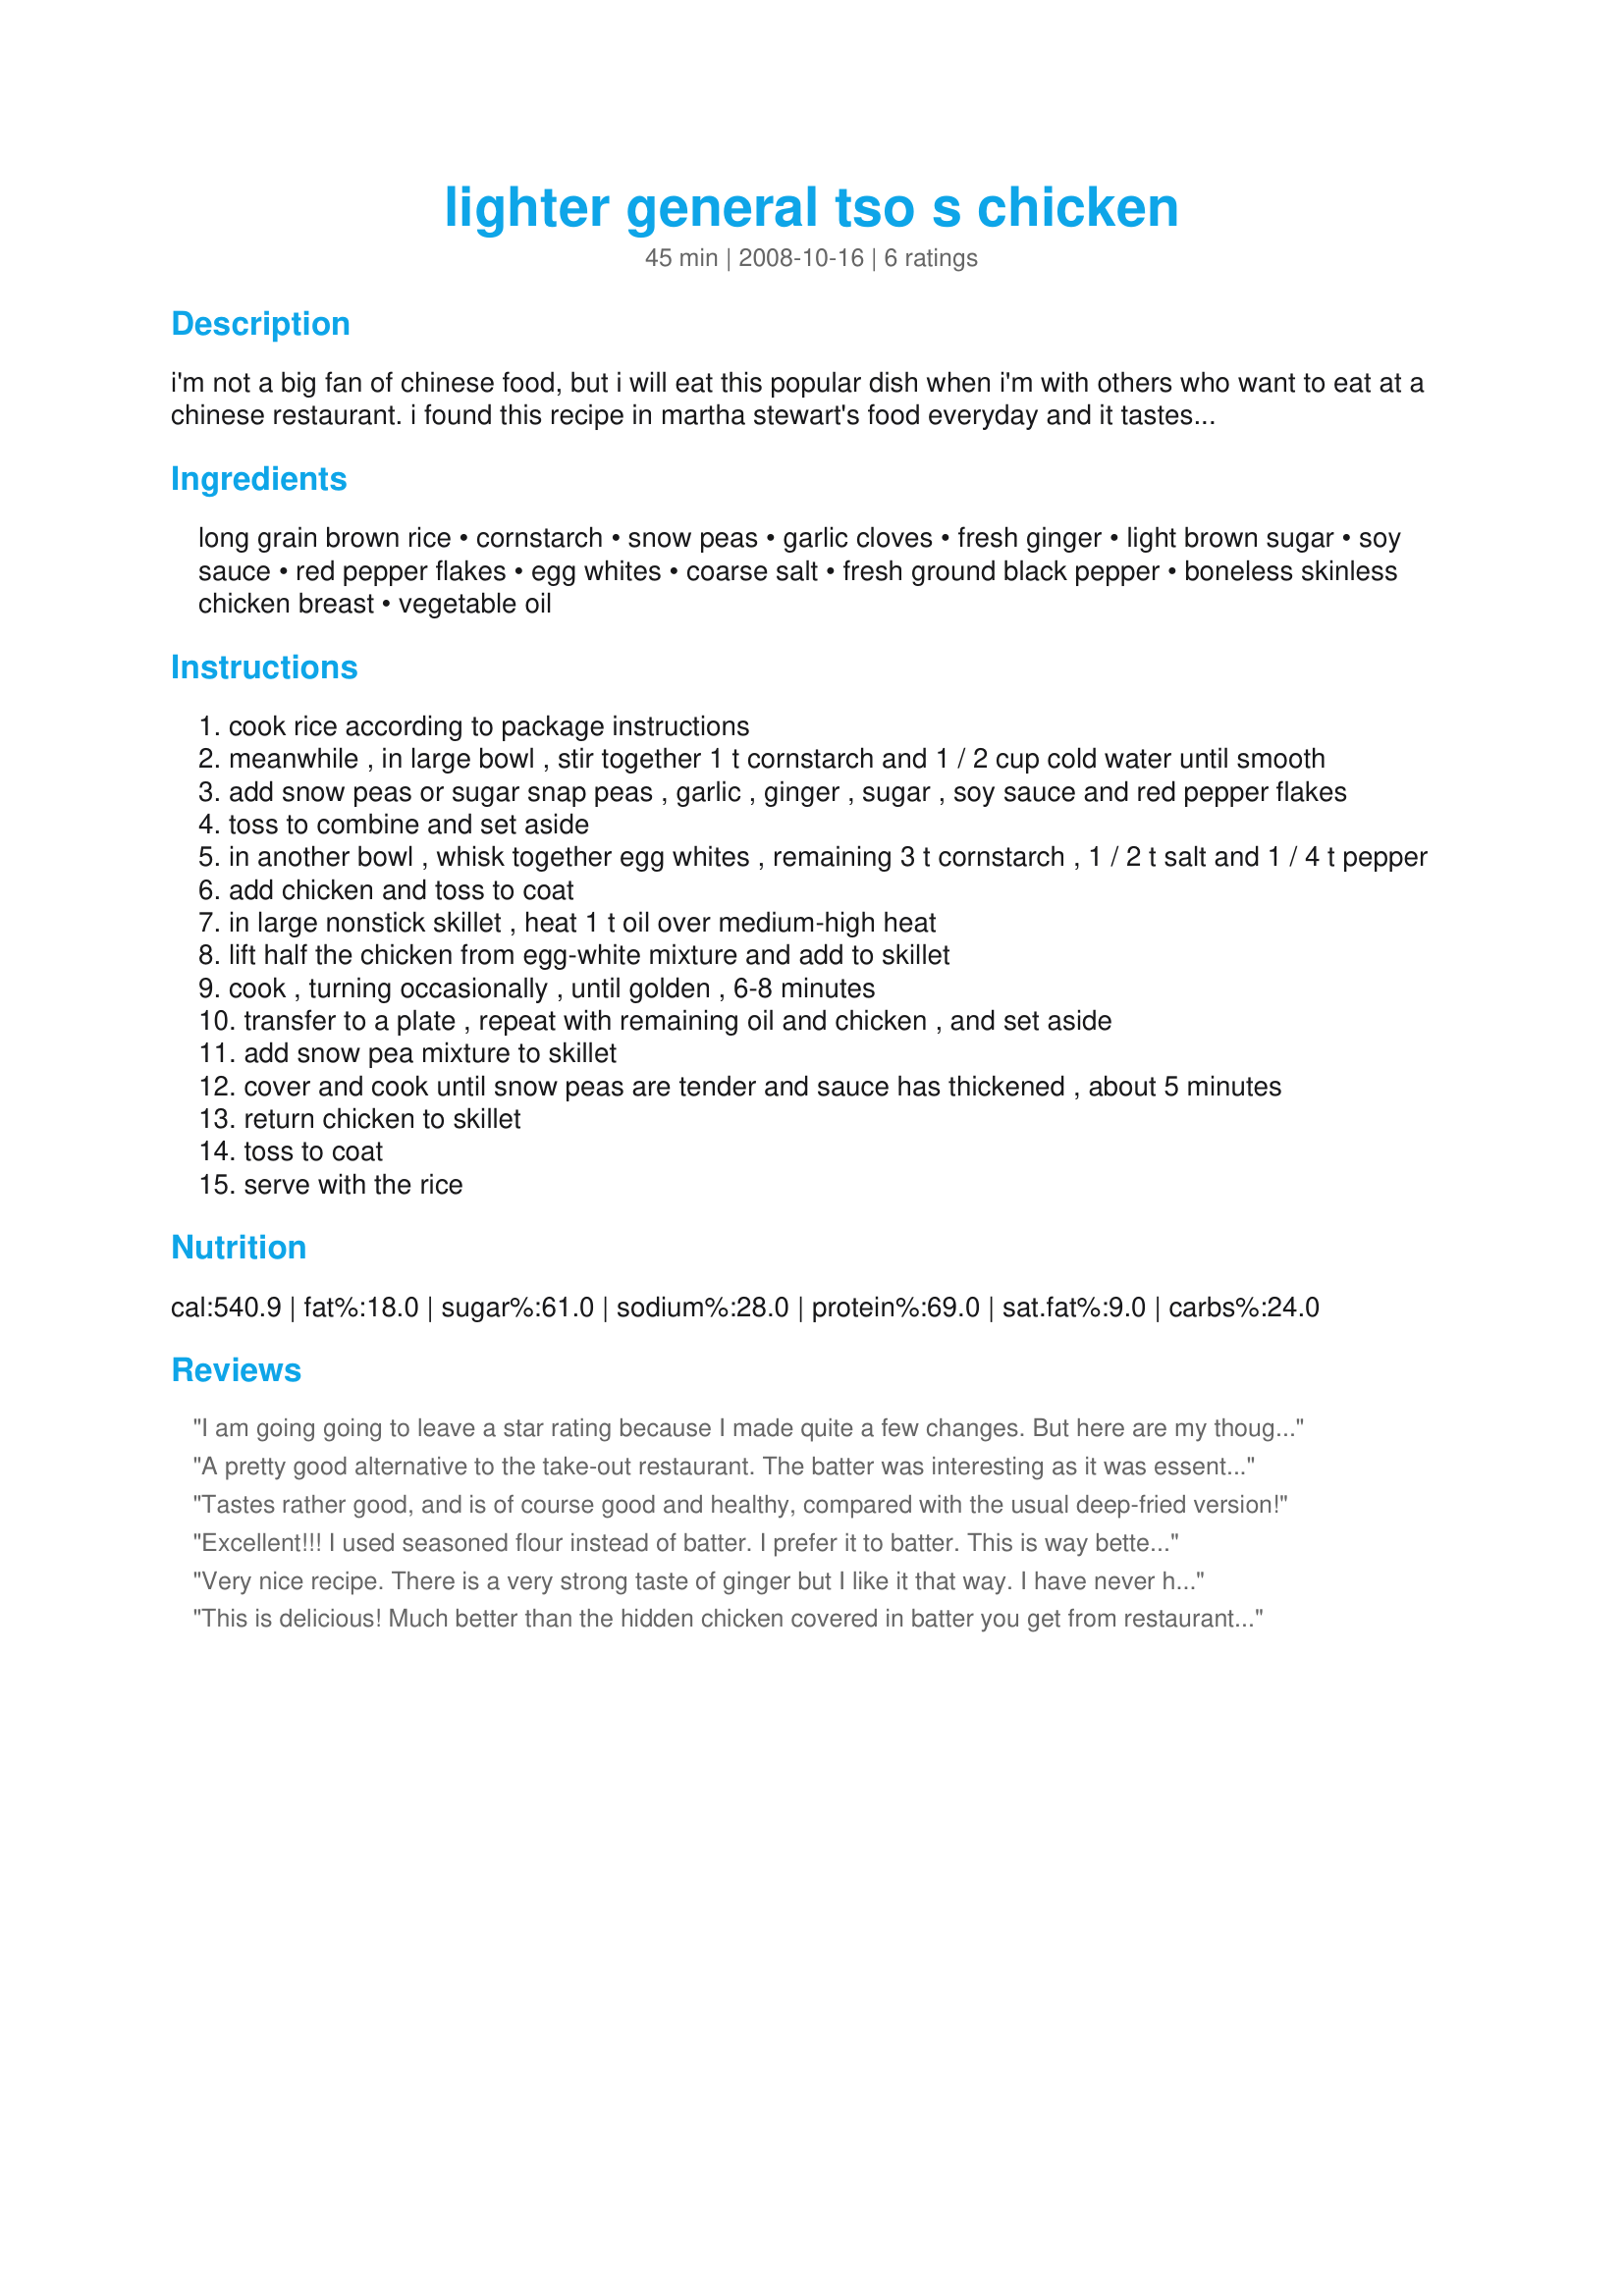
lighter general tso s chicken
Preparation time: 45 minutes

i'm not a big fan of chinese food, but i will eat this popular dish when i'm with others who want to eat at a chinese restaurant. i found this recipe in martha stewart's food everyday and it tastes really good! this is one of my husband's favorite dish so he was thrilled when i made it at home. this lighter version uses skinless chicken breasts, a light batter, and just a bit of oil for pan-frying to get the right texture with less fat.

Ingredients:
long grain brown rice, cornstarch, snow peas, garlic cloves, fresh ginger, light brown sugar, soy sauce, red pepper flakes, egg whites, coarse salt, fresh ground black pepper, boneless skinless chicken breast, vegetable oil

Steps:
cook rice according to package instructions
meanwhile , in large bowl , stir together 1 t cornstarch and 1 / 2 cup cold water until smooth
add snow peas or sugar snap peas , garlic , ginger , sugar , soy sauce and red pepper flakes
toss to combine and set aside
in another bowl , whisk together egg whites , remaining 3 t cornstarch , 1 / 2 t salt and 1 / 4 t pepper
add chicken and toss to coat
in large nonstick skillet , heat 1 t oil over medium-high heat
lift half the chicken from egg-white mixture and add to skillet
cook , turning occasionally , until golden , 6-8 minutes
transfer to a plate , repeat with remaining oil and chicken , and set aside
add snow pea mixture to skillet
cover and cook until snow peas are tender and sauce has thickened , about 5 minutes
return chicken to skillet
toss to coat
serve with the rice

Reviews:
I am going going to leave a star rating because I made quite a few changes. But here are my thoughts: I made this, leaving out the ginger because I do not have fresh and have read that ground ginger is not an acceptable substitute. I also just floured the chicken pieces instead of using the suggested batter because I was also out of eggs and hadn't realized it until after I'd already started making it. Regardless, my husband and I both really liked it. For the first few bites, the flavor hadn't fully hit me yet. I thought it was good though. But by the time my husband and I both finished eating it, we both wanted more! This stuff is addictive! It will definitely be going into our regular rotation. Thank you!
A pretty good alternative to the take-out restaurant. The batter was interesting as it was essentially the &quot;non-Newtonian fluid&quot; from science class (solid when compressed, liquid when not). If you like less sauce, reduce the recipe by a quarter or by half. Up the chili (and leave the seeds in) if you like it hotter. Overall, a pretty respectable attempt at Chinese food at home.
Tastes rather good, and is of course good and healthy, compared with the usual deep-fried version!
Excellent!!! I used seasoned flour instead of batter. I prefer it to batter. This is way better than the sticky stucky stuff at a restaurant. Really it was totally different but oh so good.
Very nice recipe. There is a very strong taste of ginger but I like it that way. I have never had General Tso's Chicken before so I cannot compare it to the restaurant version. This was enjoyed by the whole family. Thanks Lainey!
This is delicious! Much better than the hidden chicken covered in batter you get from restaurants. The fresh ginger gives it a nice spicy warmth without being too hot. I reduce the sugar by half, and add more vegetables - usually small broccoli florets, sliced carrots and sweet red pepper, along with the snow peas. This is one recipe that you really must do your &quot;mise en place&quot; - start cooking the brown rice first, then prep all your other ingredients, before starting to cook the chicken. The dish will be ready by the time the rice is done. Now that my husband and I are watching our calories, we enjoy this dish because it&#039;s a little different from our regular fare. UPDATE 6/25/14: I didn&#039;t have any fresh ginger today so I used pickled ginger, like we have with sushi - it was a great substitution. I also used frozen vegetables, some broccoli and some stir-fry mix. It was very good, and I always have them on hand, but fresh are better.
